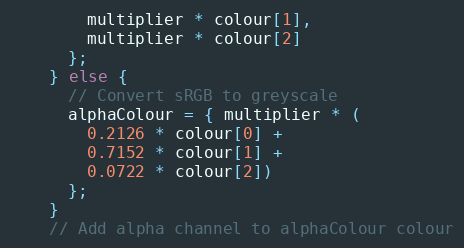
Language: C++
        multiplier * colour[1],
        multiplier * colour[2]
      };
    } else {
      // Convert sRGB to greyscale
      alphaColour = { multiplier * (
        0.2126 * colour[0] +
        0.7152 * colour[1] +
        0.0722 * colour[2])
      };
    }
    // Add alpha channel to alphaColour colour